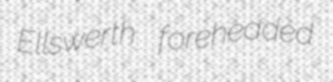
Ellswerth foreheaded